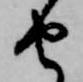
由